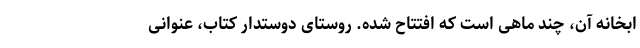
ابخانه آن، چند ماهی است که افتتاح شده. روستای دوستدار کتاب، عنوانی